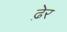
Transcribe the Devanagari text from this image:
ढे़र